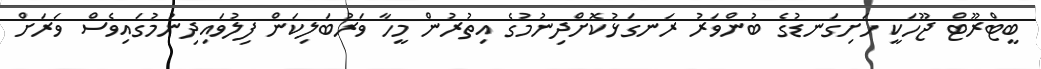
ބީޓްރޫޓް ޖޫހަކީ ހަށިގަނޑުގެ ބުންވަރު ރަނގަޅުކޮށްދިނުމުގެ އިތުރުން މީހާ ވަރުބަލިކަން ފިލުވައިދިނުމުގައިވެސް ވަރަށް